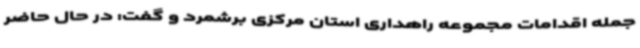
جمله اقدامات مجموعه راهداری استان مرکزی برشمرد و گفت: در حال حاضر